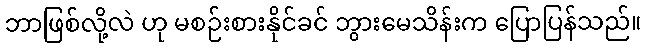
ဘာဖြစ်လို့လဲ ဟု မစဉ်းစားနိုင်ခင် ဘွားမေသိန်းက ပြောပြန်သည်။